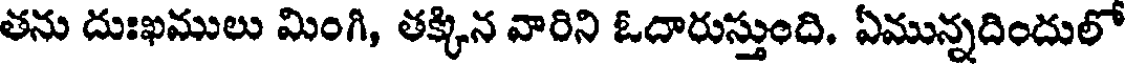
తను దుఃఖములు మింగి, తక్కిన వారిని ఓదారుస్తుంది. ఏమున్నదిందులో